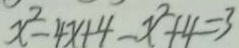
x ^ { 2 } - 4 x + 4 - x ^ { 2 } + 4 = 3